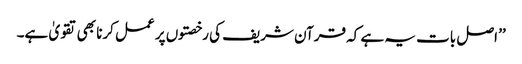
’’ اصل بات یہ ہے کہ قرآن شریف کی رخصتوں پر عمل کرنا بھی تقویٰ ہے۔